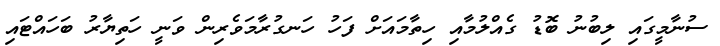
ސުނާމީގައި ލިބުނު ބޮޑު ގެއްލުމާއި ހިތާމައަށް ފަހު ހަނގުރާމަވެރިން ވަނީ ހަތިޔާރު ބަހައްޓައި